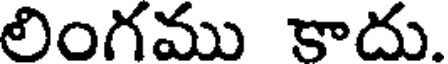
లింగము కాదు.